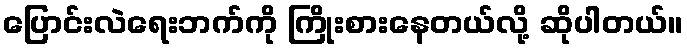
ပြောင်းလဲရေးဘက်ကို ကြိုးစားနေတယ်လို့ ဆိုပါတယ်။